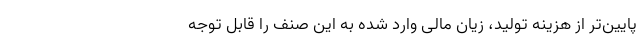
پایین‌تر از هزینه تولید، زیان مالی وارد شده به این صنف را قابل توجه